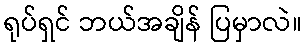
ရုပ်ရှင် ဘယ်အချိန် ပြမှာလဲ။